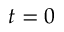
t = 0